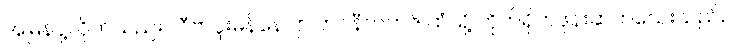
အမြန်ပို့လိုက်သည။် လီဗာပူးမန်နေဂျာ ဘင်နီတက်ဇ် ထံသို့ တိုက်ရိုက်ဖုန်းဆက်သေးသည်။